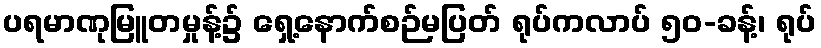
ပရမာဏုမြူတမှုန့်၌ ရှေ့နောက်စဉ်မပြတ် ရုပ်ကလာပ် ၅၀-ခန့်၊ ရုပ်